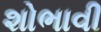
શોભાવી